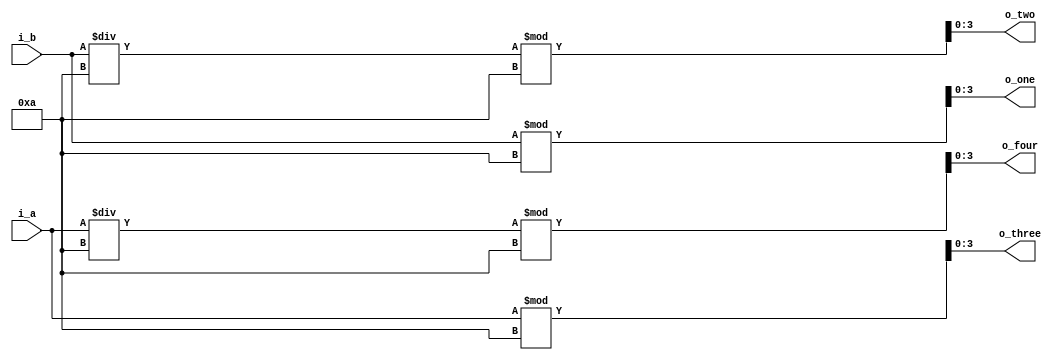
module digit_divider(
    input [5:0] i_a, i_b,
    output [3:0] o_four, o_three, o_two, o_one
    );

    assign o_four = i_a/10%10;
    assign o_three = i_a%10;
    assign o_two = i_b/10%10;
    assign o_one = i_b%10;
endmodule